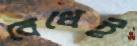
বেধেই